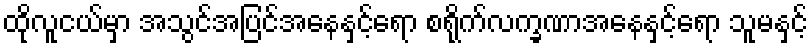
ထိုလူငယ်မှာ အသွင်အပြင်အနေနှင့်ရော စရိုက်လက္ခဏာအနေနှင့်ရော သူမနှင့်